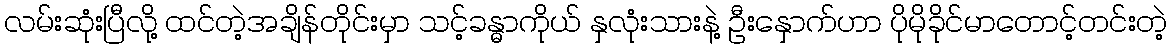
လမ်းဆုံးပြီလို့ ထင်တဲ့အချိန်တိုင်းမှာ သင့်ခန္ဓာကိုယ် နှလုံးသားနဲ့ ဦးနှောက်ဟာ ပိုမိုခိုင်မာတောင့်တင်းတဲ့